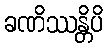
ခဏိဿန္တိပိ